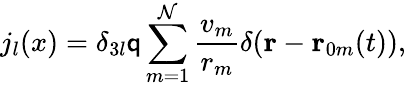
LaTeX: j_{l}(x)=\delta_{3l}\mathsf{q}\sum_{m=1}^{\mathcal{N}}\frac{{v_{m}}}{{r_{m}}}\delta(\mathbf{{r}}-\mathbf{{r}}_{0m}(t)),